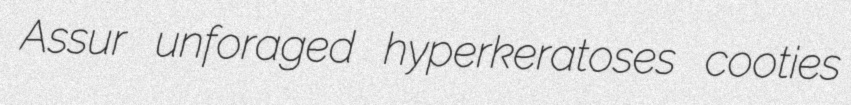
Assur unforaged hyperkeratoses cooties